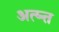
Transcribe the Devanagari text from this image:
अत्य्न्त